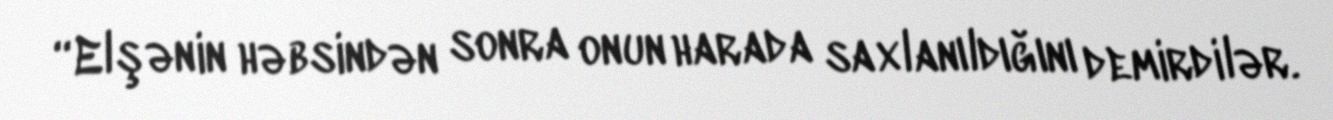
“Elşənin həbsindən sonra onun harada saxlanıldığını demirdilər.